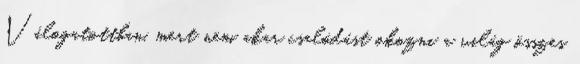
Válogatottban, mert nem akar csalódást okozni a világ összes